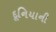
દૂનિયાની